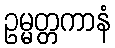
ဥမ္မတ္တကာနံ